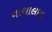
નાથાલાલ